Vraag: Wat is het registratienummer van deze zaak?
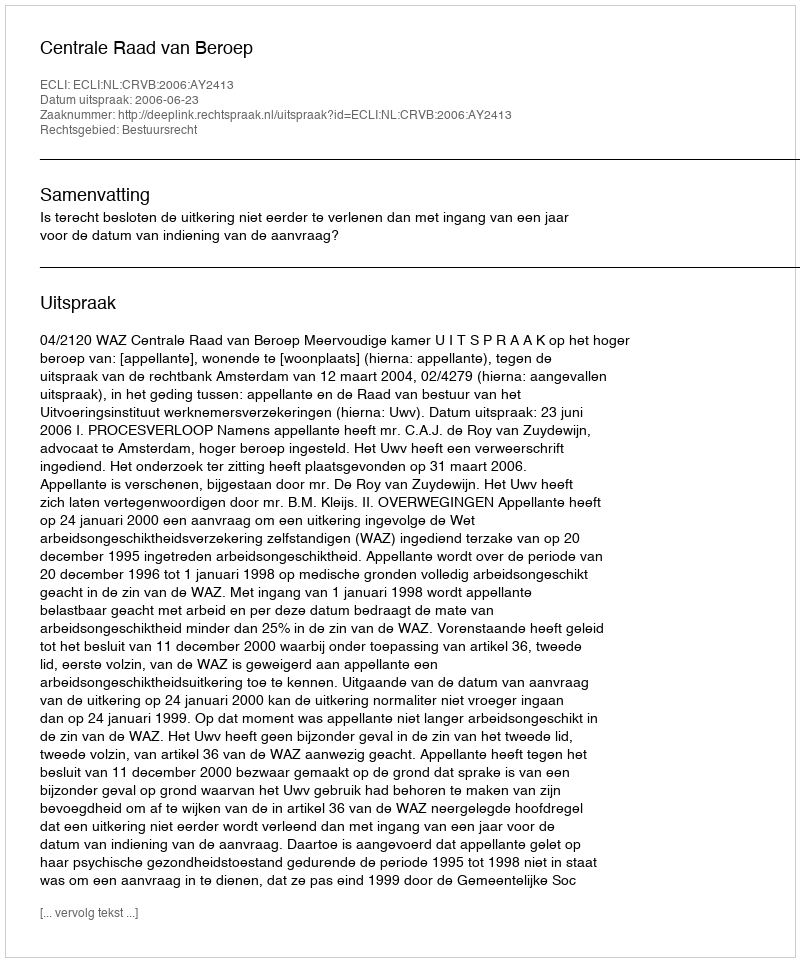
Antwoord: http://deeplink.rechtspraak.nl/uitspraak?id=ECLI:NL:CRVB:2006:AY2413